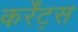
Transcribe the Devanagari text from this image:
कर्रेंट्स